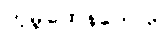
ကုမ္ဘထေနကေဟိ